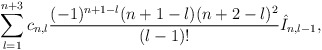
\begin{align*} \sum_{l=1}^{n+3}c_{n,l}\frac{(-1)^{n+1-l}(n+1-l)(n+2-l)^2}{(l-1)!}\hat{I}_{n,l-1},\end{align*}